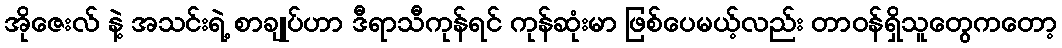
အိုဇေးလ် နဲ့ အသင်းရဲ့ စာချုပ်ဟာ ဒီရာသီကုန်ရင် ကုန်ဆုံးမာ ဖြစ်ပေမယ့်လည်း တာဝန်ရှိသူတွေကတော့